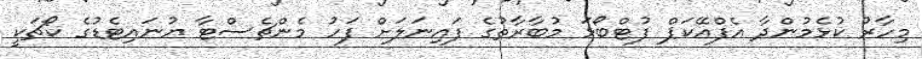
މިހާރު ކުޅެމުންދާ އެފްއޭކަޕް ފުޓްބޯޅަ މުބާރާތުގެ ފައިނަލަށް ފަހު މެންޗެސްޓާ ޔުނައިޓެޑުގެ ކޯޗަކީ